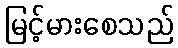
မြင့်မားစေသည်